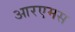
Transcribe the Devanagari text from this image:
आरएमस